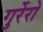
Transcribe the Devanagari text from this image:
गुर्रेरो